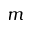
m